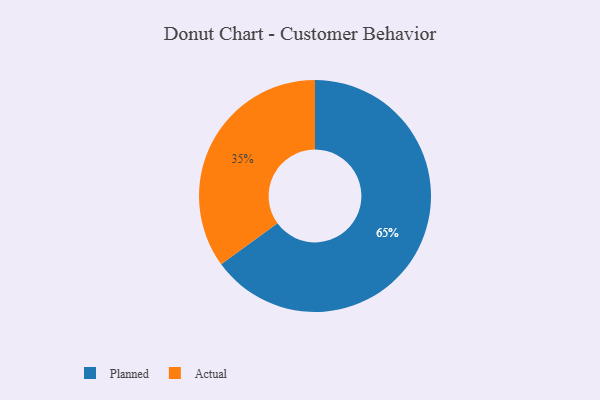
{"axis": {"x": "Category", "y": "Percentage"}, "legend": ["Actual", "Planned"], "data": [{"x": "Actual", "y": 35, "type": "Actual"}, {"x": "Planned", "y": 65, "type": "Planned"}]}